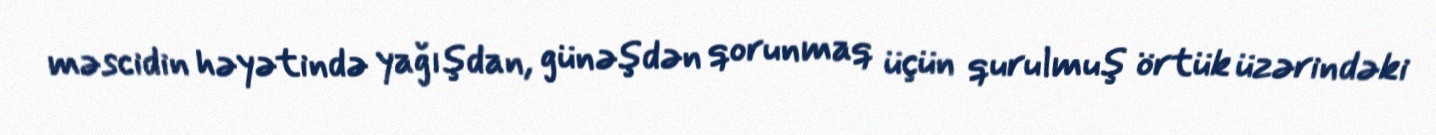
məscidin həyətində yağışdan, günəşdən qorunmaq üçün qurulmuş örtük üzərindəki